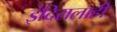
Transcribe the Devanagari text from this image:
इंदिरालाही